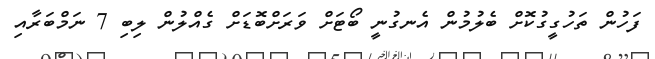
ފަހުން ތަހުގީގުކޮށް ބެލުމުން އެނގުނީ ބޯޓަށް ވަރަށްބޮޑަށް ގެއްލުން ލިބި 7 ނަމްބަރާއި